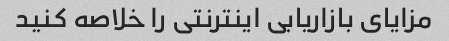
مزایای بازاریابی اینترنتی را خلاصه کنید